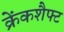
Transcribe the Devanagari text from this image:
क्रेंकशैफ्ट